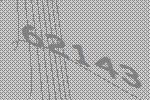
62143